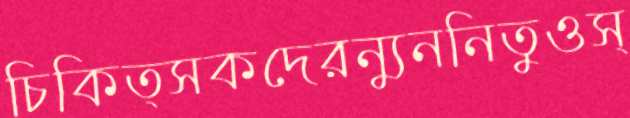
চিকিত্সকদেরন্যুননিতুওস্